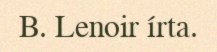
B. Lenoir írta.